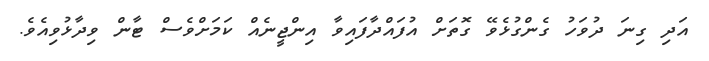
އަދި ގިނަ ދުވަހު ގެންގުޅެވޭ ގޮތަށް އުފައްދާފައިވާ އިންޖީނެއް ކަމަށްވެސް ޓާން ވިދާޅުވިއެވެ.